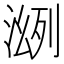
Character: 𣸠